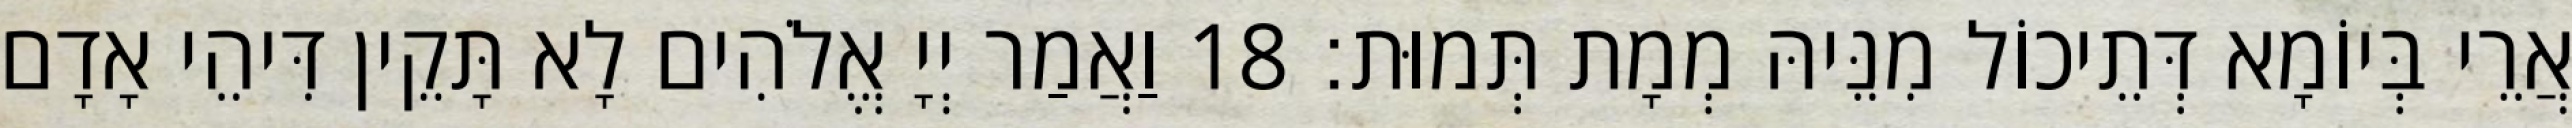
אֲרֵי בְּיוֹמָא דְּתֵיכוֹל מִנֵּיהּ מְמָת תְּמוּת׃ 18 וַאֲמַר יְיָ אֱלֹהִים לָא תָּקֵין דִּיהֵי אָדָם